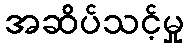
အဆိပ်သင့်မှု